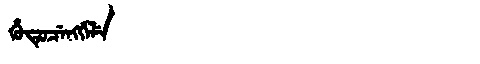
Manchu: ᡥᡠᡨᡠᠴᡝᠩᡤᡝᠯᡝ
Romanization: HUTUCENGGELE